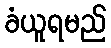
ခံယူရမည်